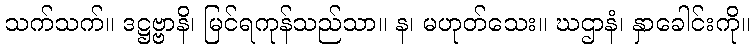
သက်သက်။ ဒဋ္ဌဗ္ဗာနိ၊ မြင်ရကုန်သည်သာ။ န၊ မဟုတ်သေး။ ဃဌာနံ၊ နှာခေါင်းကို။